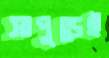
সাপুড়েই